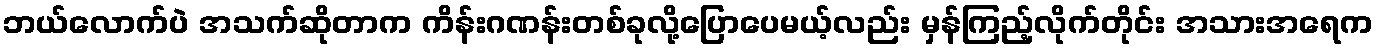
ဘယ်လောက်ပဲ အသက်ဆိုတာက ကိန်းဂဏန်းတစ်ခုလို့ပြောပေမယ့်လည်း မှန်ကြည့်လိုက်တိုင်း အသားအရေက